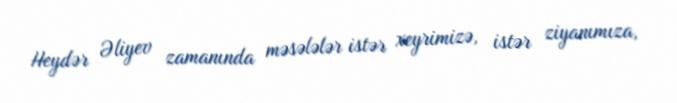
Heydər Əliyev zamanında məsələlər istər xeyrimizə, istər ziyanımıza,